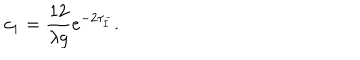
LaTeX: c _ { 1 } = \frac { 1 2 } { \lambda g } e ^ { - 2 \tau _ { \bar { I } } } .